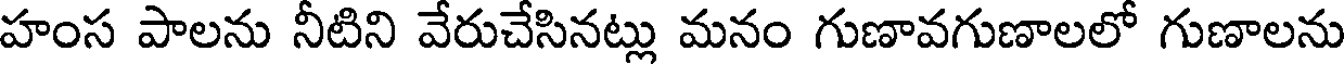
హంస పాలను నీటిని వేరుచేసినట్లు మనం గుణావగుణాలలో గుణాలను